Martna_vallavalitsus, lk 2
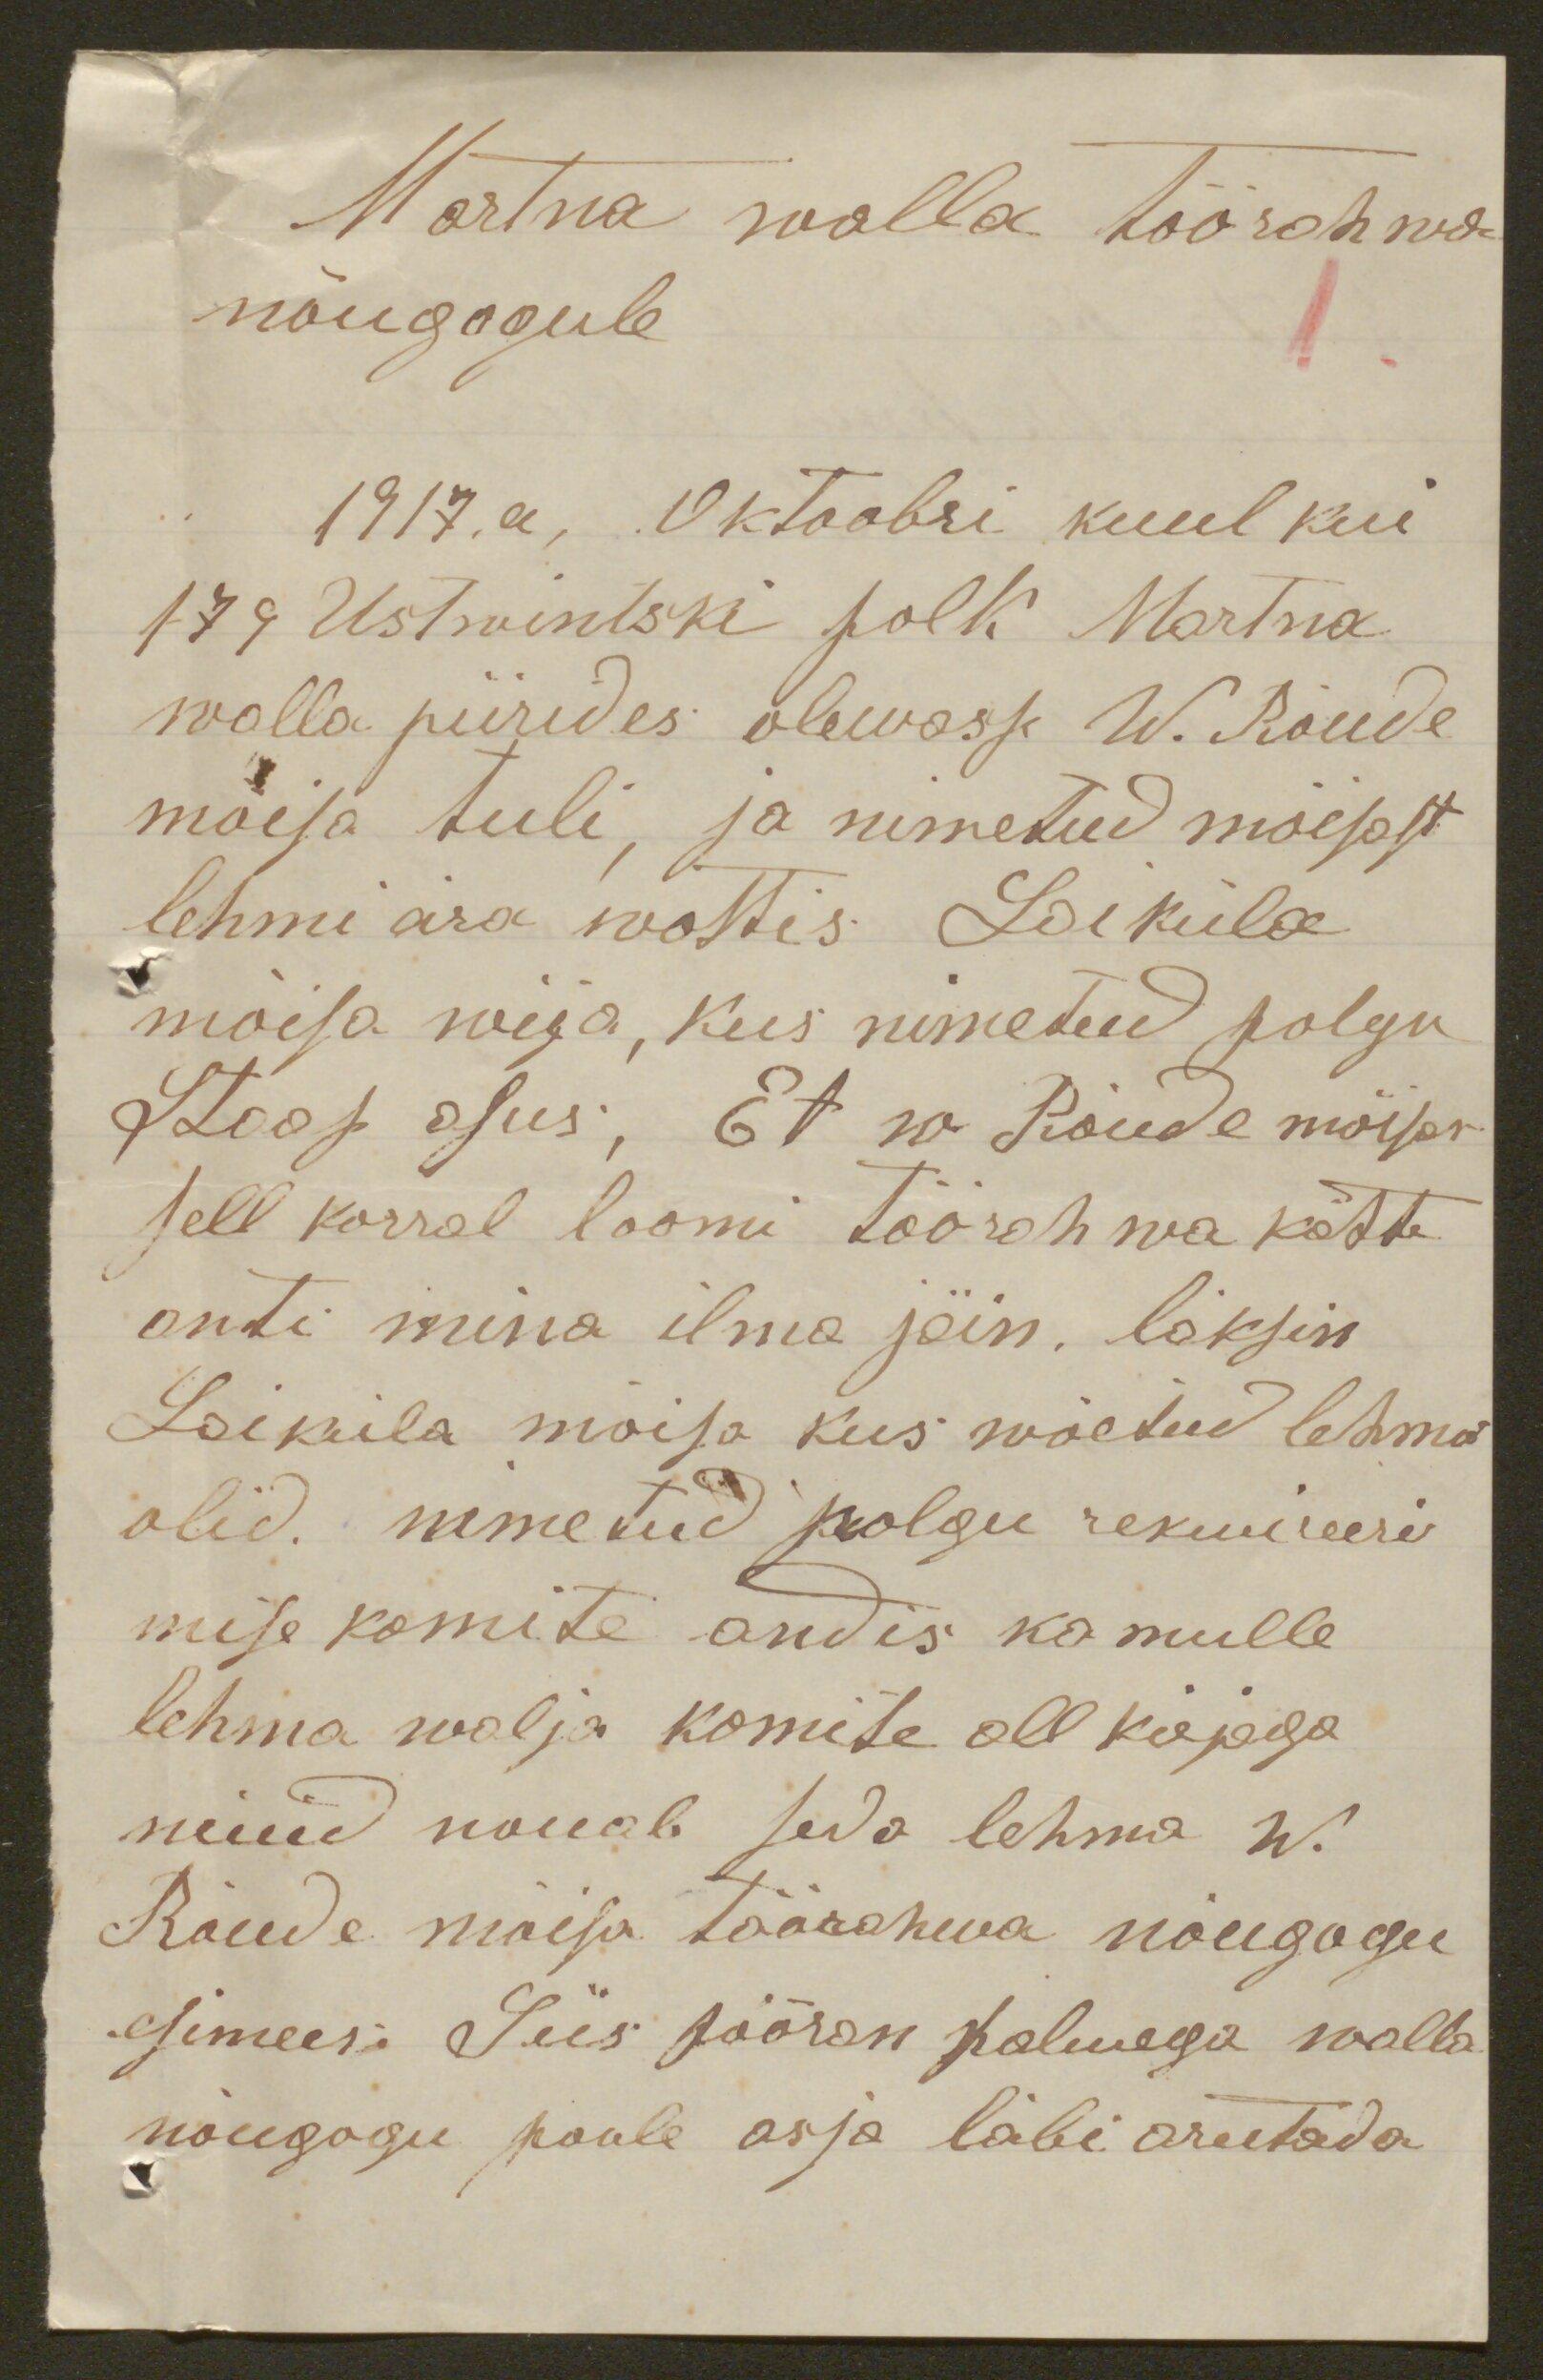
Martna walla töörahwa
nõugogule.
1917. a, Oktoobri kuul kui
179 Ustwintski polk Martna
walla piirides olewasse W. Rõude
mõisa tuli, ja nimetud mõisast
lehmi ära wottis Laiküla
mõisa wiia, kus nimetud polgu
Staap asus; Et w Rõude mõisas
sell korral loomi töörahwa kätte
anti mina ilma jäin, läksin
Laiküla mõisa kus wõetud lehmad
olid. nimetud polgu rekwireeri
mise komite andis ka mulle
lehma walja komite all kirjaga
nüüd nouab seda lehma W.
Rõude mõisa töörahwa nõugogu
esimees: Siis pööran palwega walla
nõugogu poole asja läbi arutada